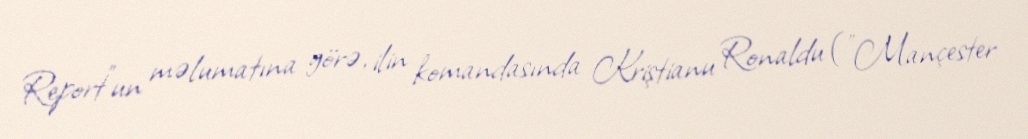
Report"un məlumatına görə, ilin komandasında Kriştianu Ronaldu ("Mançester